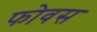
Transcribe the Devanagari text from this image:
फोवस